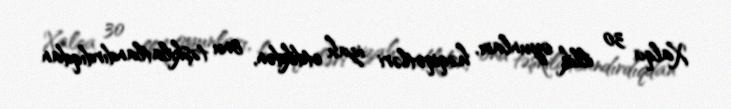
Xalqa 30 illik oyunları, həqiqətləri izah etdikdən, onu təşkilatlandırdıqdan